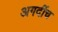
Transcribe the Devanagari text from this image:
अगदींच